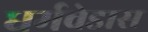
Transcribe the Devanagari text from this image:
धर्मवेडास